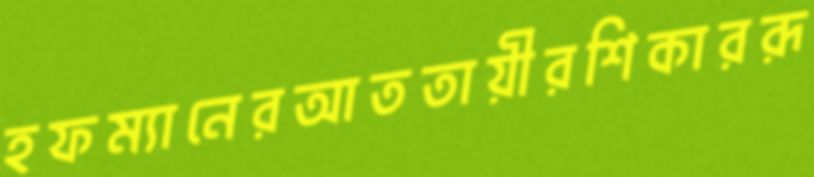
হফম্যানেরআততায়ীরশিকাররূ